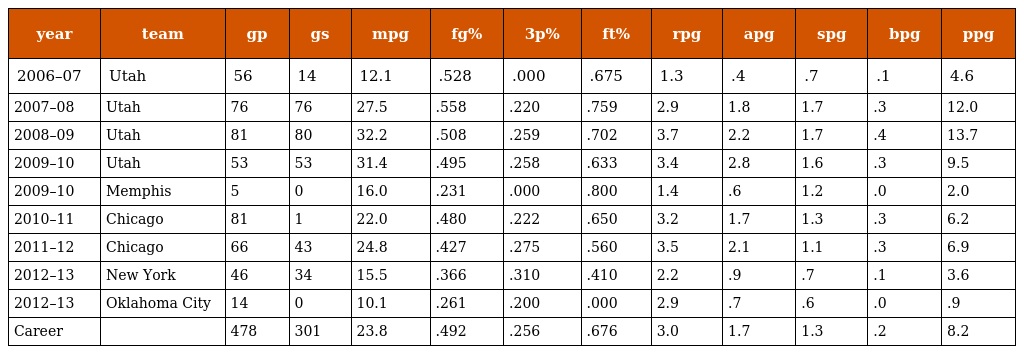
| year | team | gp | gs | mpg | fg% | 3p% | ft% | rpg | apg | spg | bpg | ppg |
 | --- | --- | --- | --- | --- | --- | --- | --- | --- | --- | --- | --- | --- |
 | 2006–07 | Utah | 56 | 14 | 12.1 | .528 | .000 | .675 | 1.3 | .4 | .7 | .1 | 4.6 |
 | 2007–08 | Utah | 76 | 76 | 27.5 | .558 | .220 | .759 | 2.9 | 1.8 | 1.7 | .3 | 12.0 |
 | 2008–09 | Utah | 81 | 80 | 32.2 | .508 | .259 | .702 | 3.7 | 2.2 | 1.7 | .4 | 13.7 |
 | 2009–10 | Utah | 53 | 53 | 31.4 | .495 | .258 | .633 | 3.4 | 2.8 | 1.6 | .3 | 9.5 |
 | 2009–10 | Memphis | 5 | 0 | 16.0 | .231 | .000 | .800 | 1.4 | .6 | 1.2 | .0 | 2.0 |
 | 2010–11 | Chicago | 81 | 1 | 22.0 | .480 | .222 | .650 | 3.2 | 1.7 | 1.3 | .3 | 6.2 |
 | 2011–12 | Chicago | 66 | 43 | 24.8 | .427 | .275 | .560 | 3.5 | 2.1 | 1.1 | .3 | 6.9 |
 | 2012–13 | New York | 46 | 34 | 15.5 | .366 | .310 | .410 | 2.2 | .9 | .7 | .1 | 3.6 |
 | 2012–13 | Oklahoma City | 14 | 0 | 10.1 | .261 | .200 | .000 | 2.9 | .7 | .6 | .0 | .9 |
 | Career |  | 478 | 301 | 23.8 | .492 | .256 | .676 | 3.0 | 1.7 | 1.3 | .2 | 8.2 |